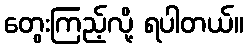
တွေးကြည့်လို့ ရပါတယ်။